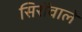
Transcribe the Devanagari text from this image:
सिरोंवाले